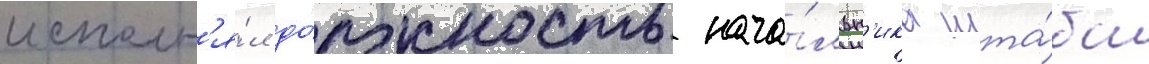
исполн'я́л до́лжность нача́льн'ика шта́ба